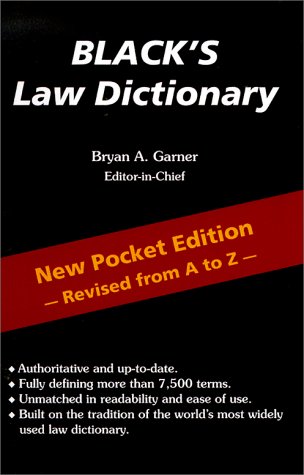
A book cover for Blacks Law Dictionary; Law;